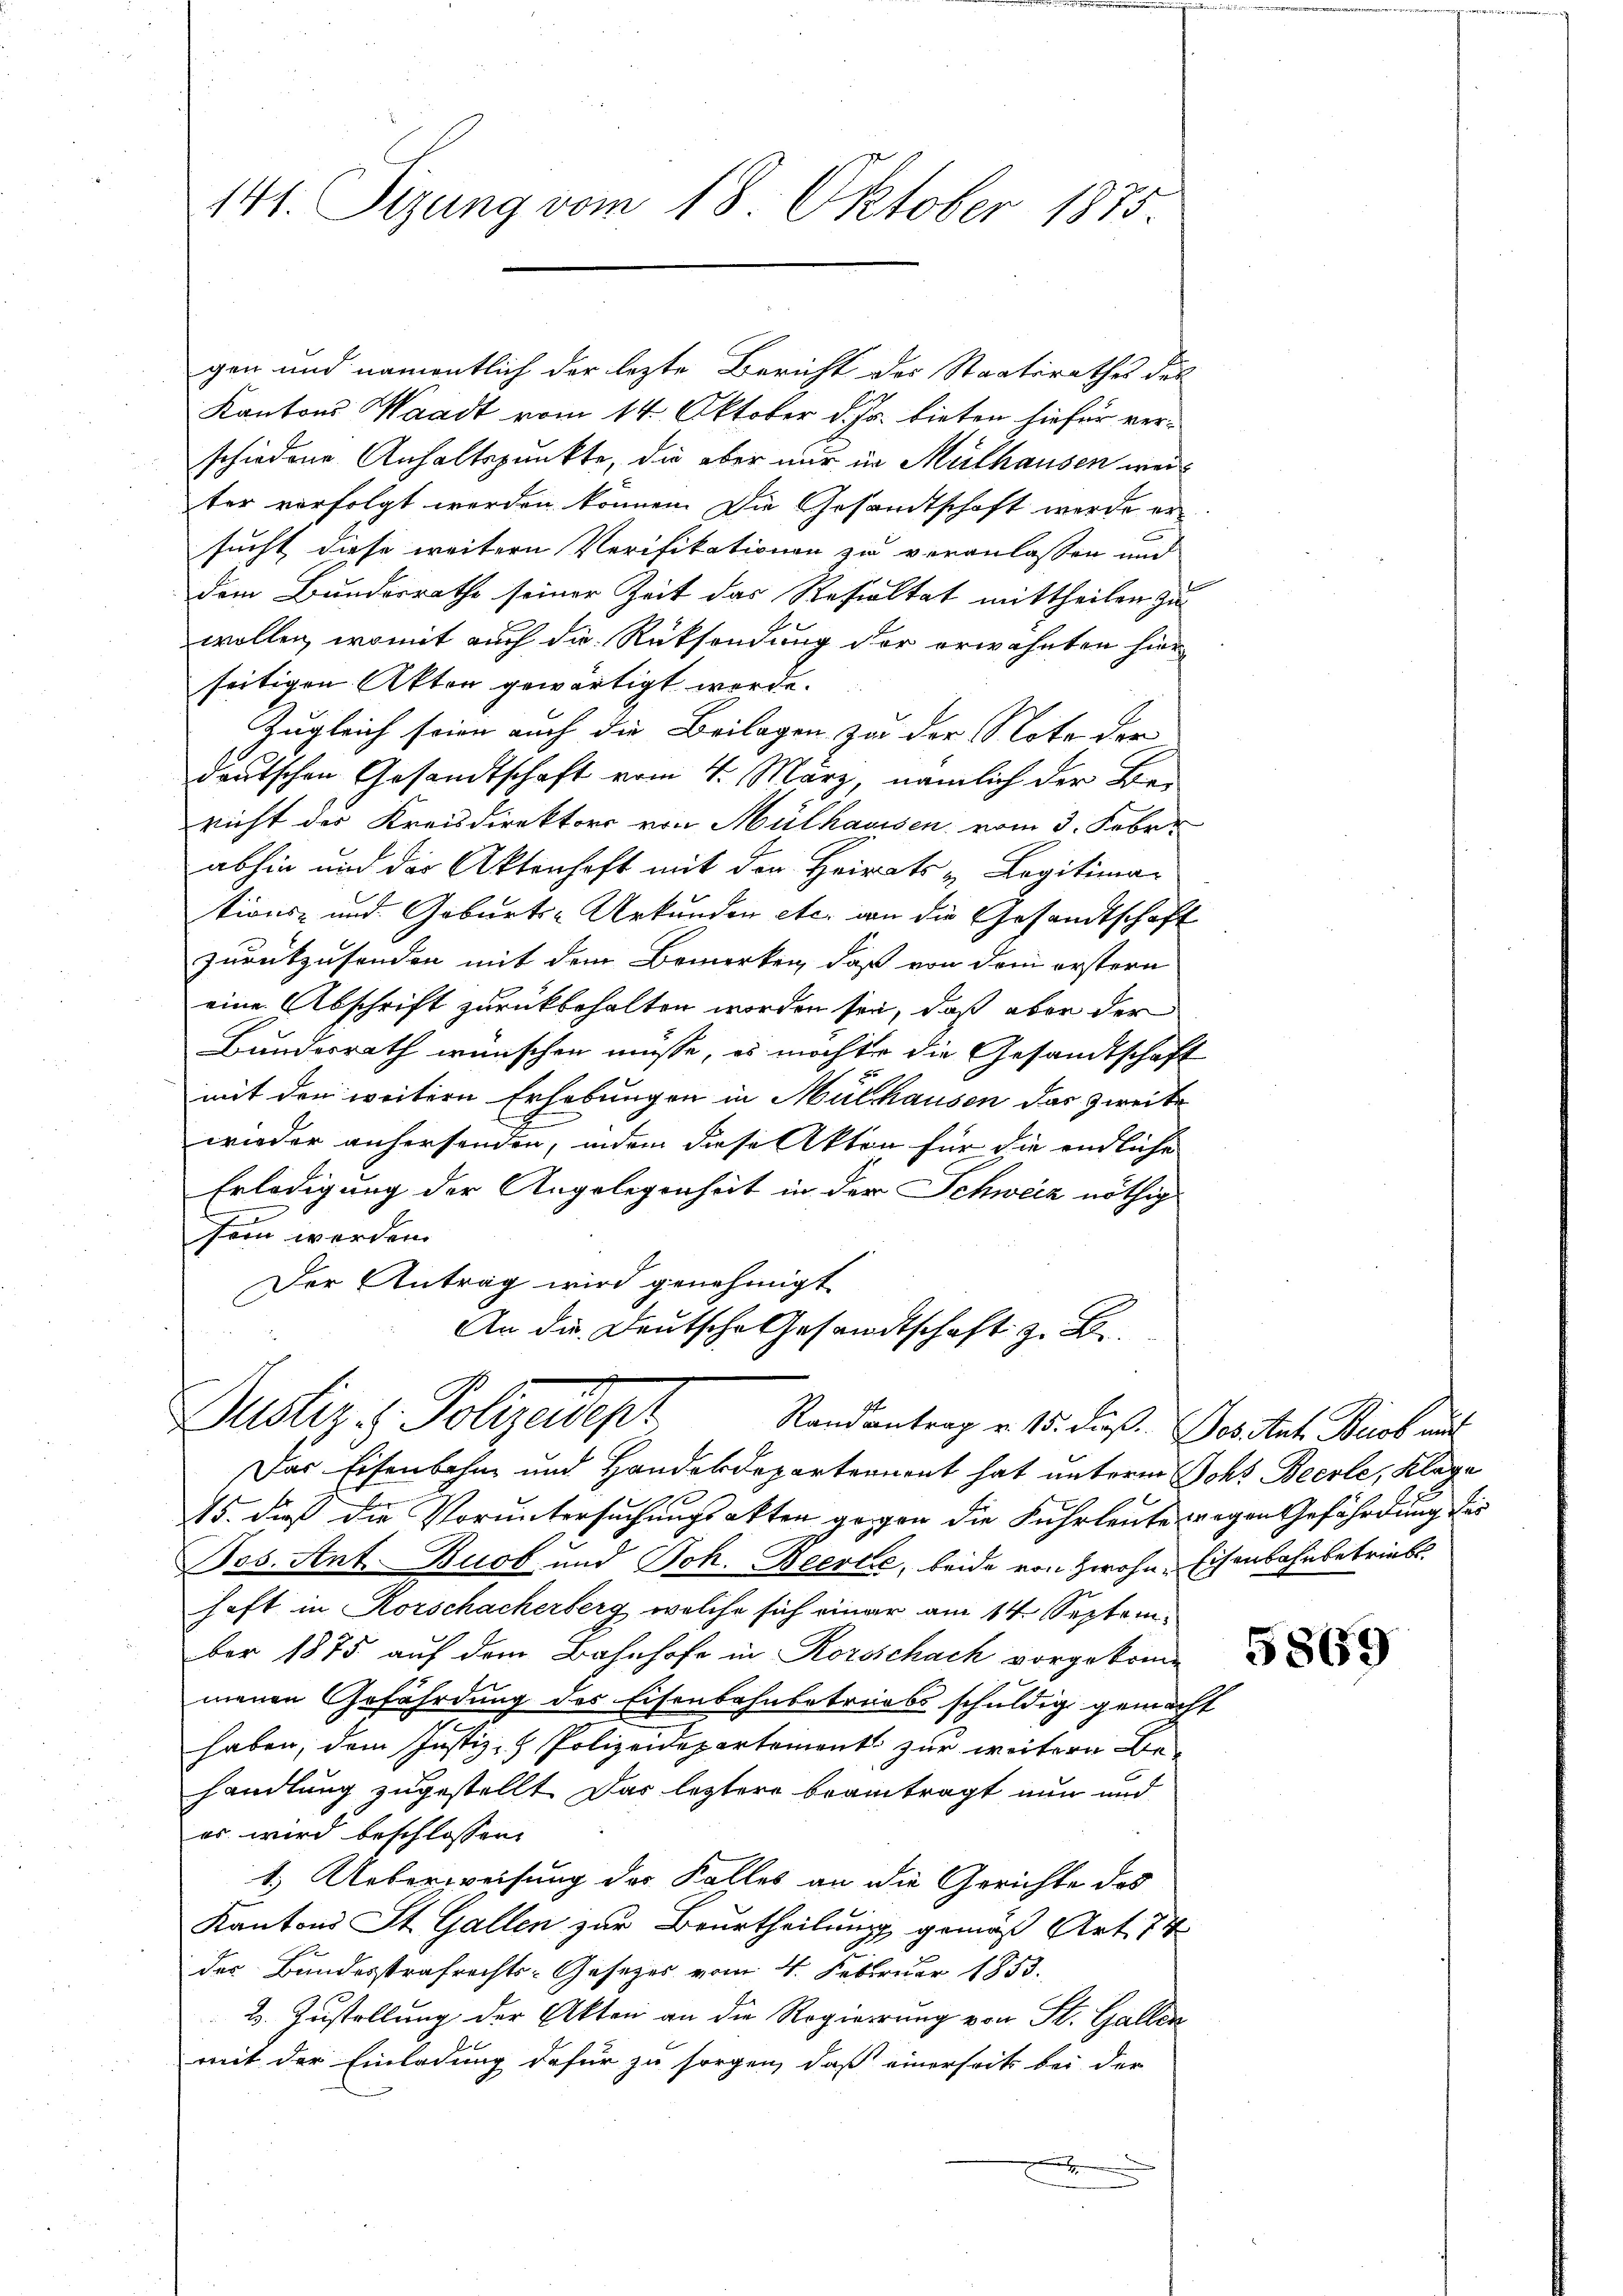
141. Sitzung vom 18. Oktober 1875

gen und namentlich der lezte Bericht des Staatsrathes des
Kantons Waadt vom 14. Oktober d. Js. bieten hiefür verschiedene Anhaltspunkte, die aber nur in Mülhausen weiter vorfolgt werden können. Die Gesandtschaft werde ersucht diese weitern Verifikationen zu veranlassen und
dem Bundesrathe seiner Zeit das Resultat mittheilen zu
wollen, womit auch die Rücksendung der erwähnten hier
seitigen Akten gewärtigt werde.
Zugleich seien auch die Beilagen zu der Note der
deutschen Gesandtschaft vom 4. März, nämlich der Bei
richt der Kreisdirektors von Mülhausen vom 3. Febr.
abhin und der Aktenhaft mit der Heirats - Legitima-
tions- und Geburts-Urkunden etc. an die Gesandtschaft
zurückzusenden mit dem Bemerken, daß von dem erstern
eine Abschrift zurückbehalten worden sei, daß aber der
Bundesrath wünschen müsse, es möchte die Gesandtschaft
mit den weitern Erhebungen in Mülhausen das zweite
wieder anhersenden, indem diese Akten für die endliche
Erledigung der Angelegenheit in der Schweiz nöthig
sein werden.
Der Antrag wird genehmigt
An die Deutsche Gesandtschaft z. B.

Dustiz- & Polizedepr
Randantrag v. 15. dieß. Jos. Ant. Bist auf

Das Eisenbahn und Handerdepartement hat unterm Johs Beerle, Klage
15. dieß die Voruntersuchungsakten gegen die Fuhrleute wegen Gefährdung des
Pos. Ant. Buos und Joh. Beerte, beide von zwohne Eisenbahnbetriebs
haft in Korschacherberg welche sich einer am 14. September 1875 auf dem Bahnhofe in Rorschach vorgekommenen Gefährdung des Eisenbahnbetreibs schuldig gemacht
haben, dem Justiz- & Polizeidepartements zur weitere Be-
handlung zugestellt. Das letztere beantragt nun und
es wird beschlossen:
1.) Ueberweisung des Kalles an die Gerichte des
Kantons St. Gallen zur Beurtheilung gemäß Art. 74
des Bundesstrafrechts-Gesetzes vom 4. Februar 1853.
2. Zustellung der Akten an die Regierung von St. Gallen
mit der Einladung dafür zu sorgen, daß einerseits bei der
E

5869